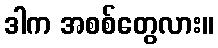
ဒါက အစစ်တွေလား။